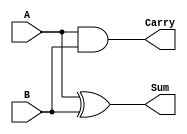
module HalfAdder(A, B, Sum, Carry);
	input A, B;
	output Sum, Carry;
	
	xor(Sum, A, B);
	and(Carry, A, B);
endmodule